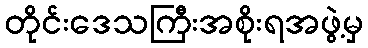
တိုင်းဒေသကြီးအစိုးရအဖွဲ့မှ